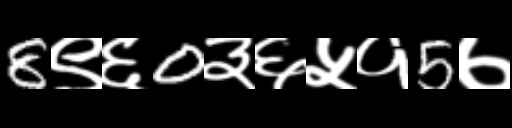
Text: 8९६0३६५१5७